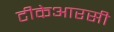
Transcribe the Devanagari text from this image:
टीकेआरसी